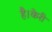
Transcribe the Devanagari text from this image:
है।केरी